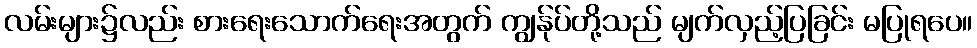
လမ်းများ၌လည်း စားရေးသောက်ရေးအတွက် ကျွန်ုပ်တို့သည် မျက်လှည့်ပြခြင်း မပြုရပေ။